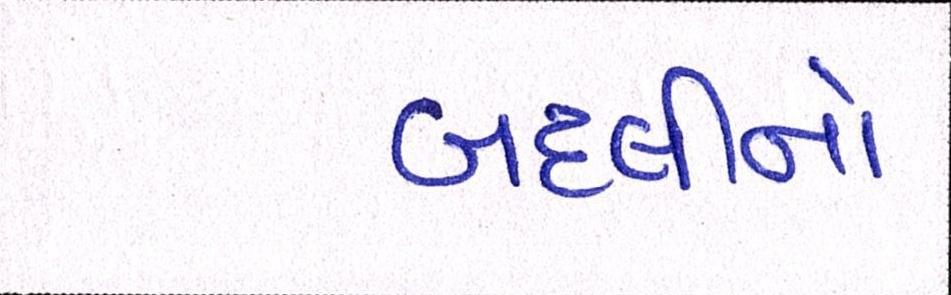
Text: બદલીનો